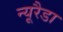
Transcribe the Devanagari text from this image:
न्यूरैडा